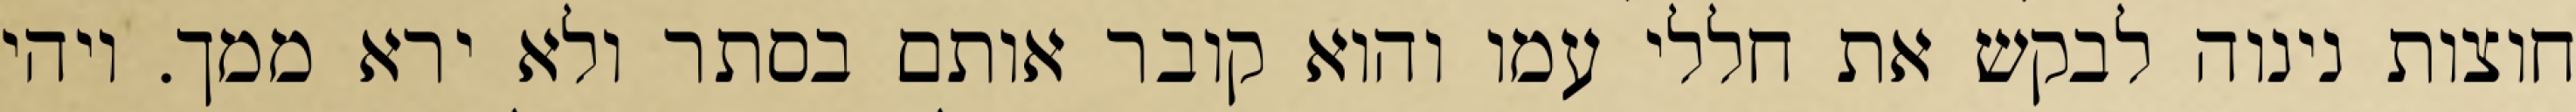
חוצות נינוה לבקש את חללי עמו והוא קובר אותם בסתר ולא ירא ממך. ויהי